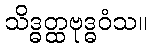
သိဒ္ဓတ္ထဗုဒ္ဓဝံသ။